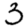
Digit: 3